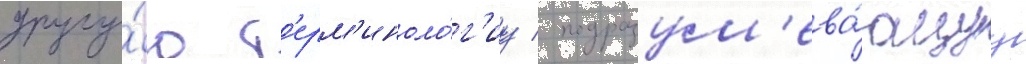
другу́ю т'ерм'иноло́г'иу / подразум'ева́ющуу